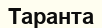
Таранта